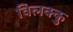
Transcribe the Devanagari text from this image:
विलक्कु